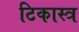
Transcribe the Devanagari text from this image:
टिकास्त्र